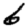
Digit: 6